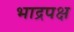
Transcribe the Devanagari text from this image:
भाद्रपक्ष